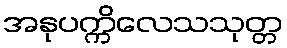
အနုပက္ကိလေသသုတ္တ